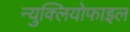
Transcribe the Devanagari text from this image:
न्युक्लियोफाइल